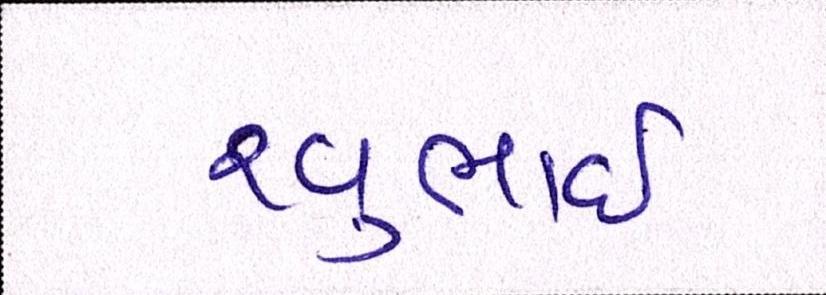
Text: રવુભાઇ